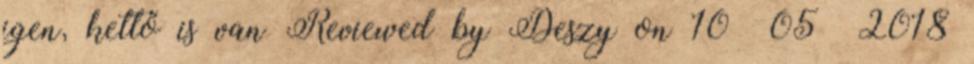
igen, kettő is van Reviewed by Deszy on 10 05 2018